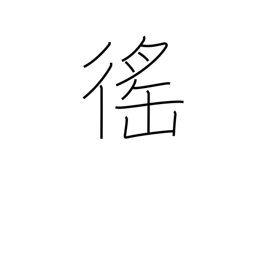
Meaning: corvee